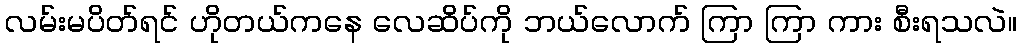
လမ်းမပိတ်ရင် ဟိုတယ်ကနေ လေဆိပ်ကို ဘယ်လောက် ကြာ ကြာ ကား စီးရသလဲ။